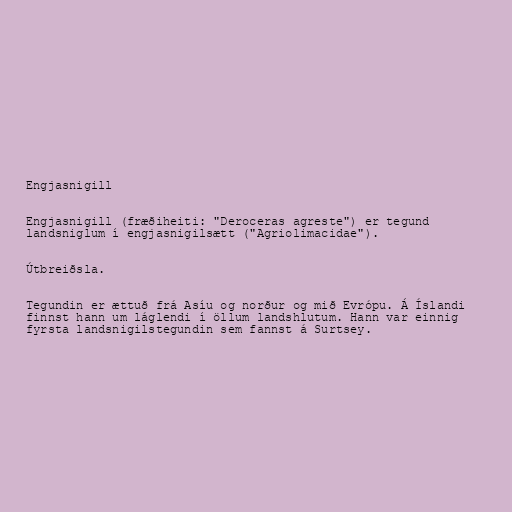
Engjasnigill

Engjasnigill (fræðiheiti: "Deroceras agreste") er tegund
landsniglum í engjasnigilsætt ("Agriolimacidae").

Útbreiðsla.

Tegundin er ættuð frá Asíu og norður og mið Evrópu. Á Íslandi
finnst hann um láglendi í öllum landshlutum. Hann var einnig
fyrsta landsnigilstegundin sem fannst á Surtsey.